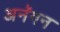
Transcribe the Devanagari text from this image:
अनॅगन